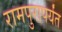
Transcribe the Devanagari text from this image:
रामपुरापर्यंत